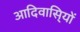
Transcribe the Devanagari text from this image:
आदिवासि्यों